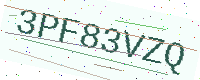
Text: 3PF83VZQ